65_HS1-834228961_62-HQ-83894_Section_6
Agency: FBI
Page 6
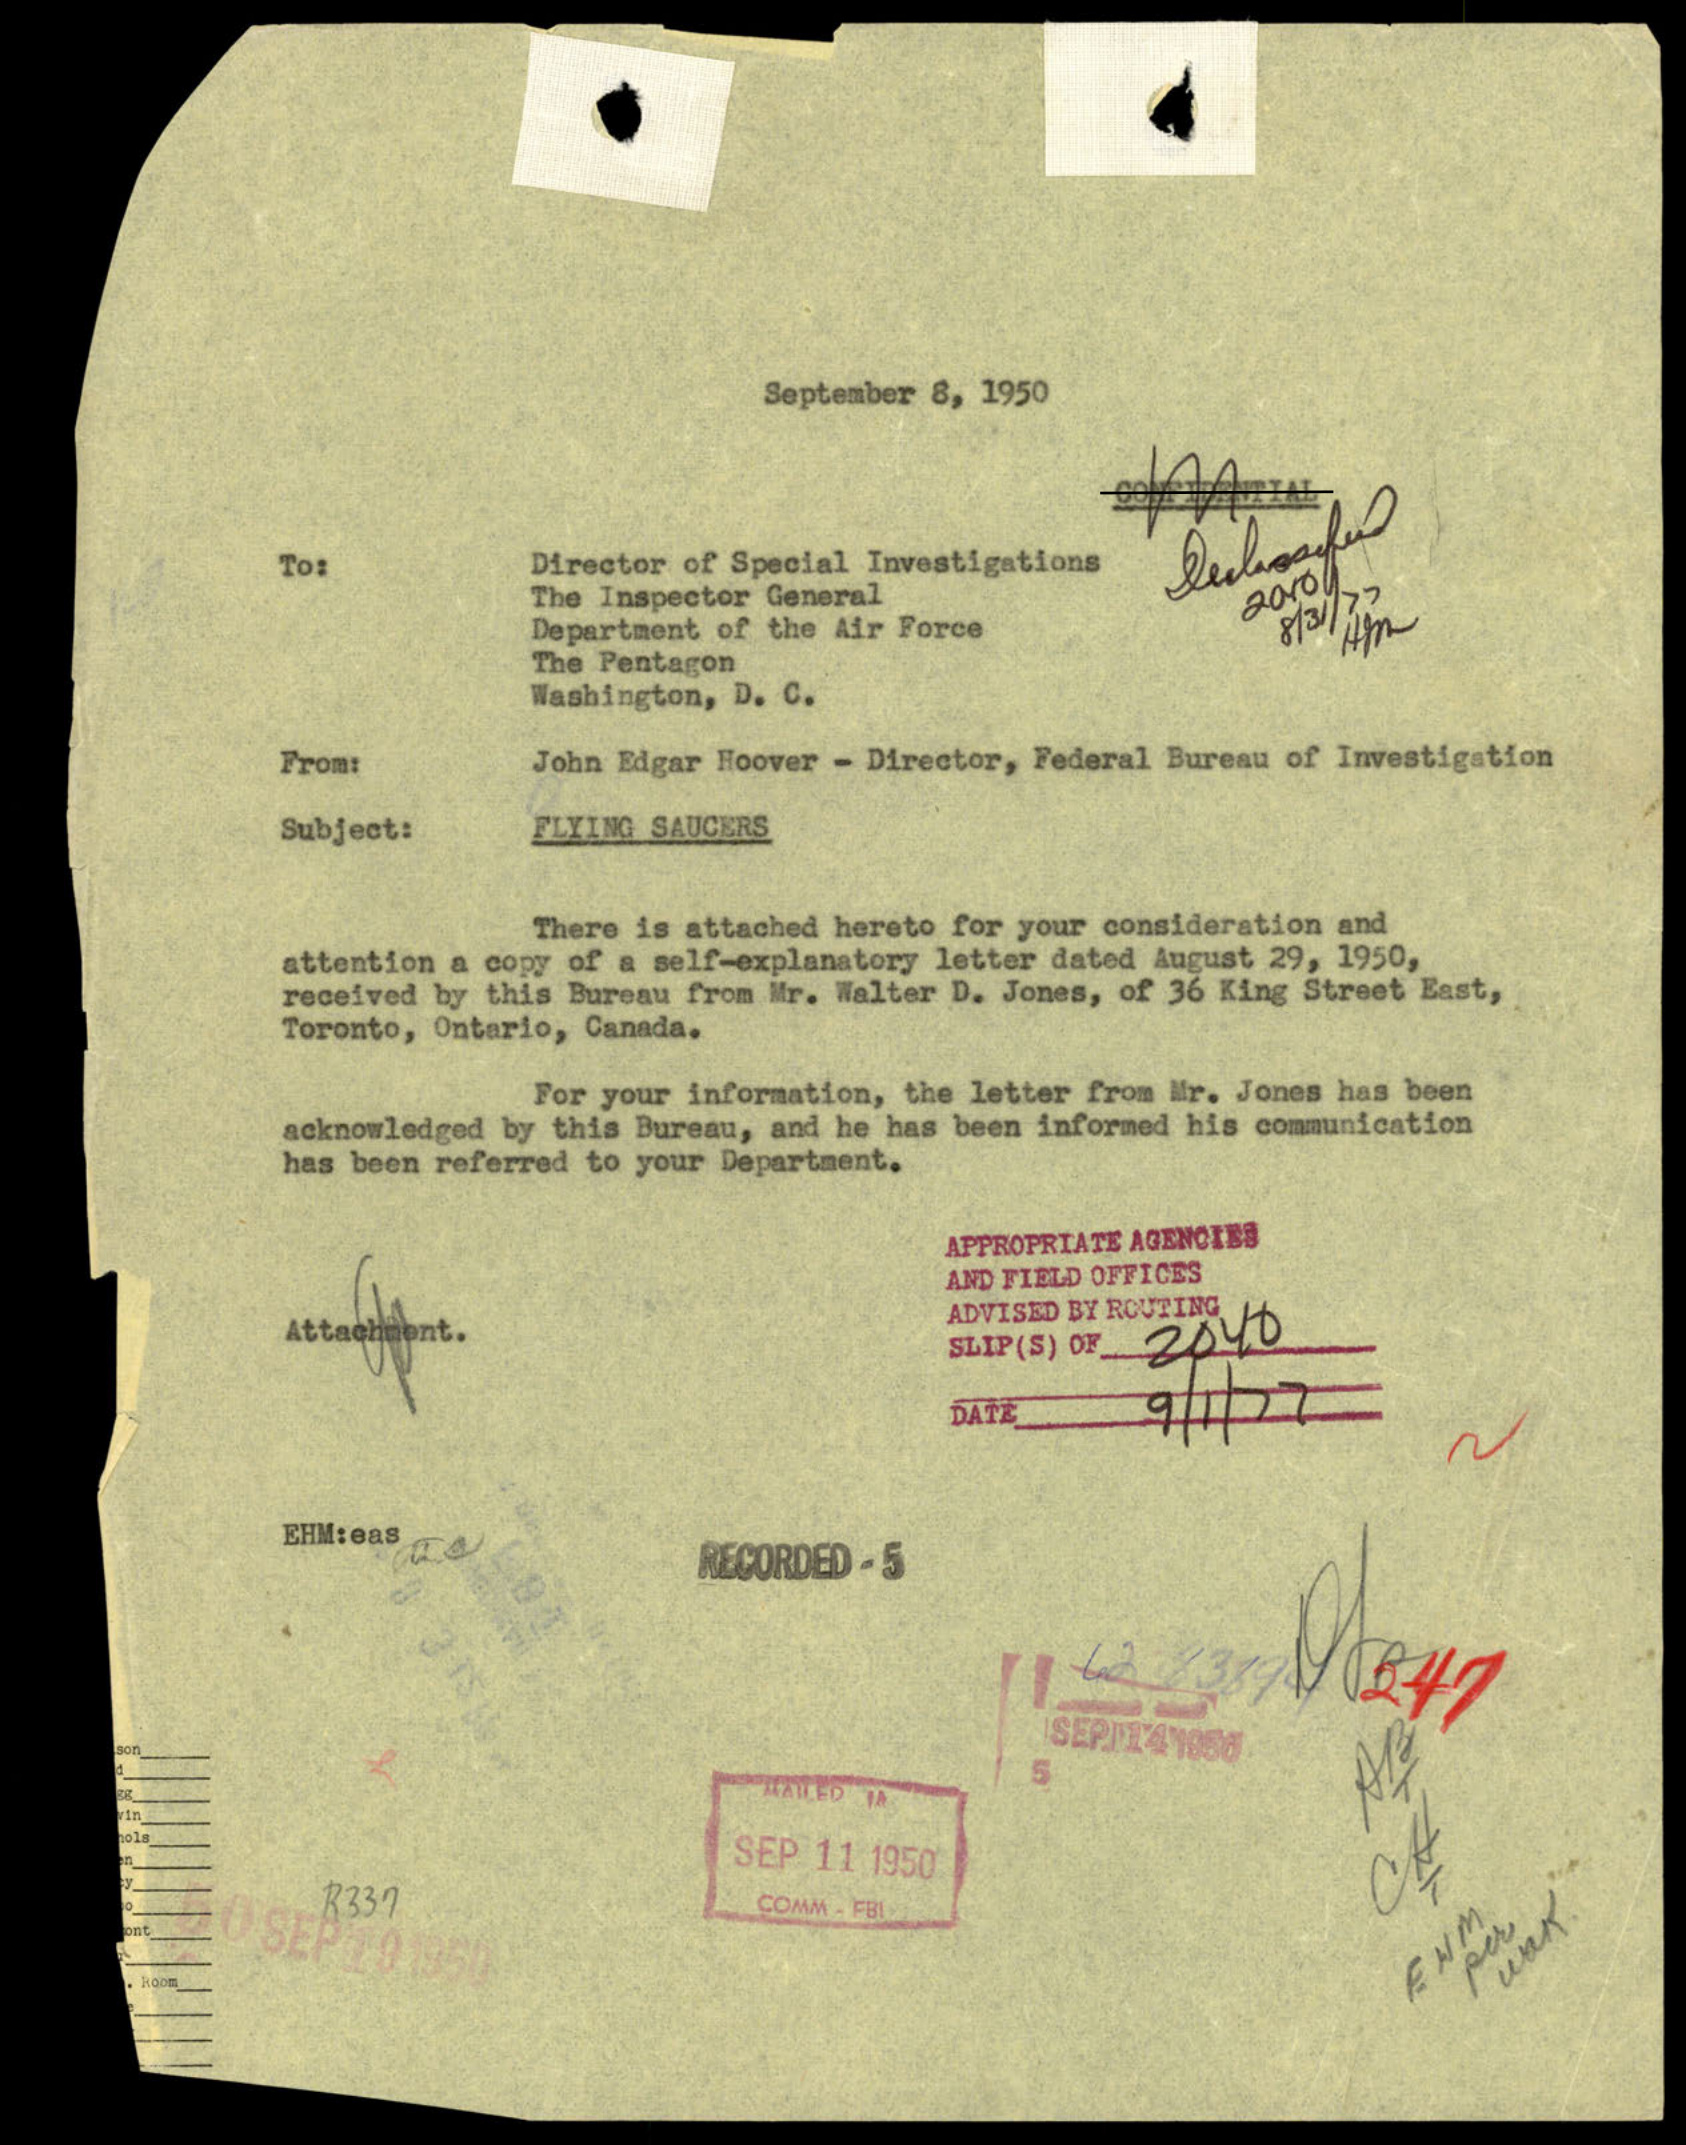